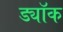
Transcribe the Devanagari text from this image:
ड्यॉक